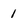
Character: 1